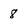
Character: 8